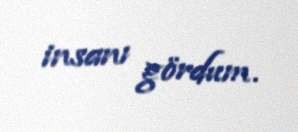
insanı gördum.